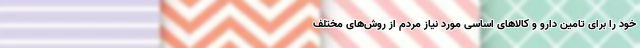
خود را برای تامین دارو و کالاهای اساسی مورد نیاز مردم از روش‌های مختلف